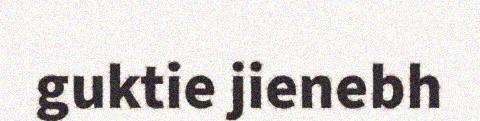
guktie jienebh